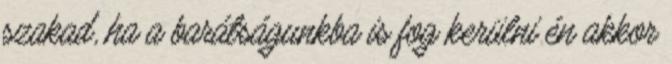
szakad, ha a barátságunkba is fog kerülni én akkor